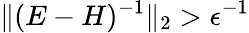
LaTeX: \| (E-H)^{-1}\| _{2}>\epsilon^{-1}